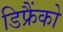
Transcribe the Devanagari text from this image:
डिफ्रैंको